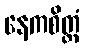
နေကစိတ္တံ